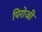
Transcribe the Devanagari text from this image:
पिरोजी